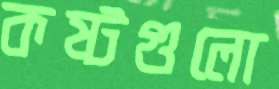
কষ্টগুলো